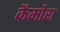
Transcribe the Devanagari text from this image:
कैमोरा